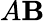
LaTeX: A\mathbf{B}